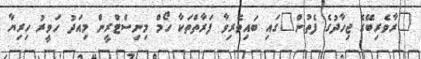
"ރާވެރިބޭގެ ޖިހާދުގެ ފެތުން"ގައި ބައިވެރިވާ ފަރާތްތަކާ ހޯމް މިނިސްޓްރީން މިއަދު ހަވީރު ހިރިޔާ